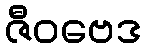
ဇီဝဗေဒ